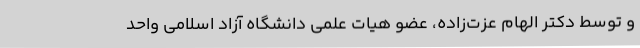
و توسط دکتر الهام عزت‌زاده، عضو هیات علمی دانشگاه آزاد اسلامی واحد